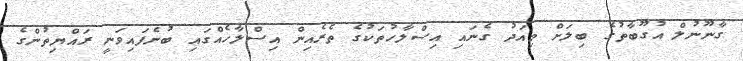
ގާނޫނުލް އުގޫބާތުގެ ބިލަށް މިއަދު ގެނައި އިސްލާހުތަކުގެ ތެރެއިން އިސްލާހެއްގައި ބުނެފައިވަނީ ރައްޔިތުންގެ